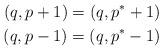
LaTeX: \begin{align*}(q, p+1) = (q, p^\ast+1) & \\(q, p-1) = (q, p^\ast-1) &\end{align*}